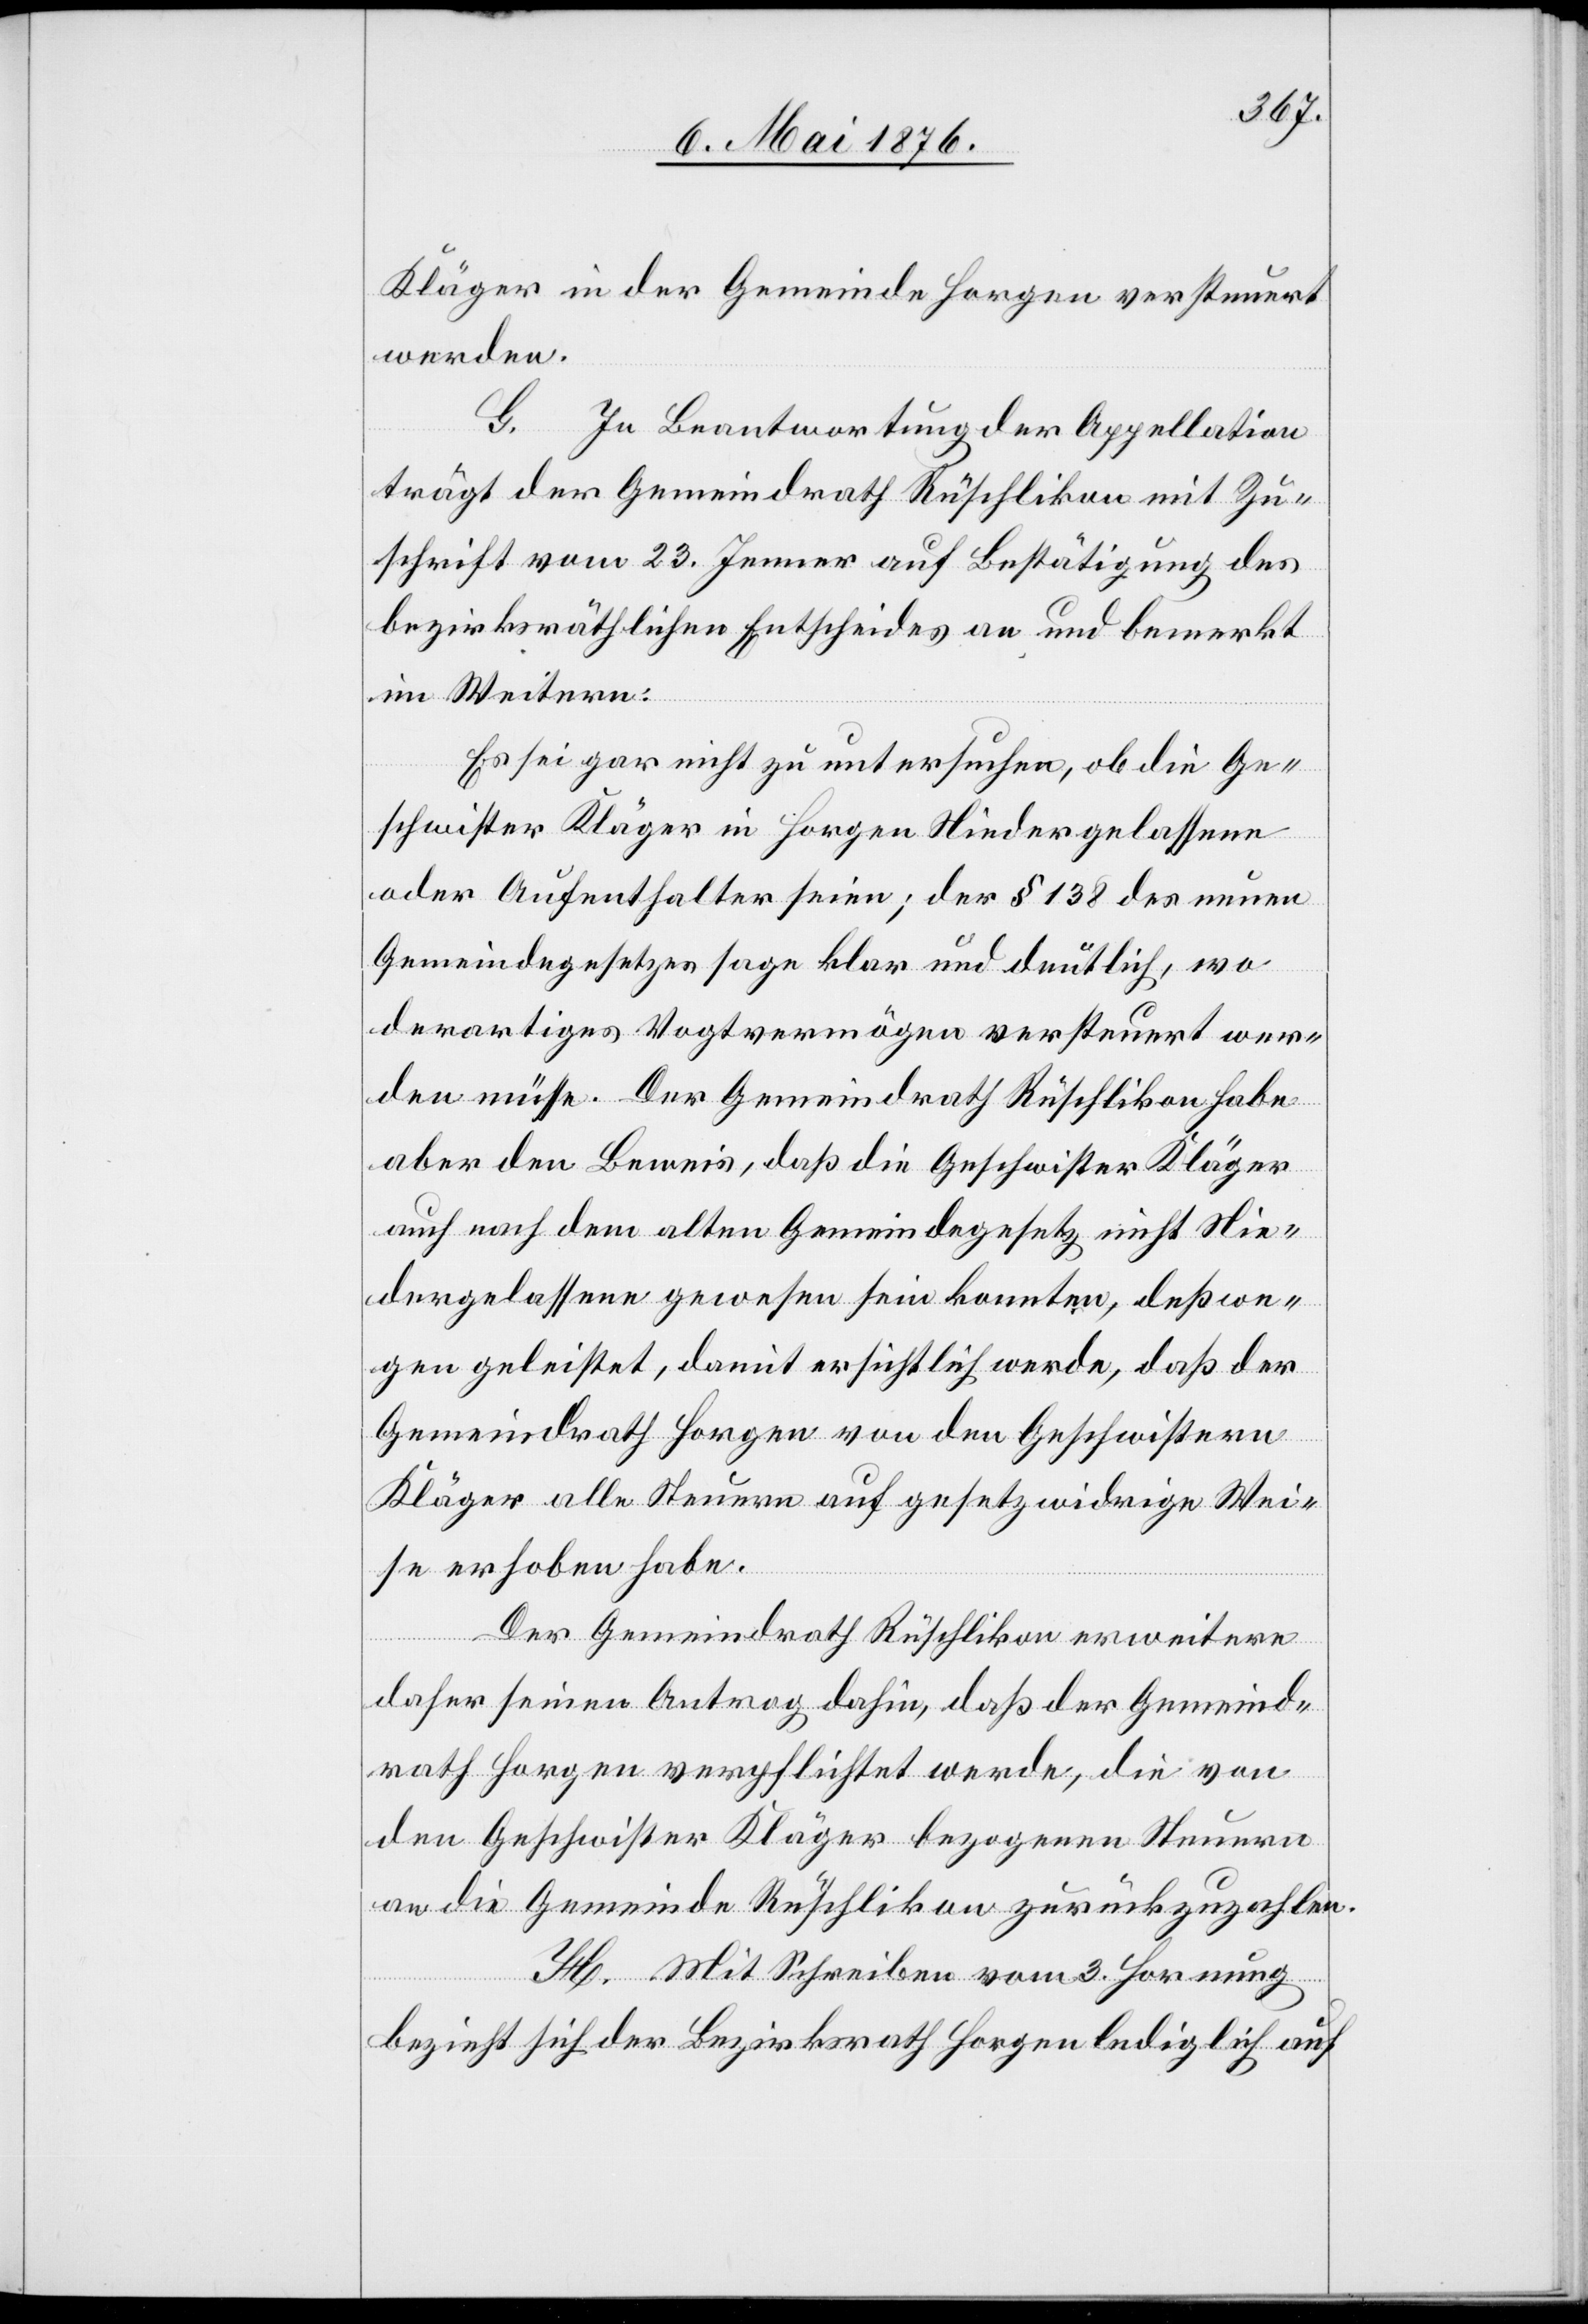
Kläger in der Gemeinde Horgen versteuert
werden.
G.
In Beantwortung der Appellation
trägt der Gemeindrath Rüschlikon mit Zu¬
schrift vom 23. Jenner auf Bestätigung des
bezirksräthlichen Entscheides an und bemerkt
im Weitern:
Es sei gar nicht zu untersuchen, ob die Ge¬
schwister Kläger in Horgen Niedergelassene
oder Aufenthalter seien; der § 138 des neuen
Gemeindegesetzes sage klar und deutlich, wo
derartiges Vogtvermögen versteuert wer¬
den müsse. Der Gemeindrath Rüschlikon habe
aber den Beweis, das die Geschwister Kläger
auch nach dem alten Gemeindegesetz nicht Nie¬
dergelassene gewesen sein konnten, deßwe¬
gen geleistet, damit ersichtlich werde, daß der
Gemeindrath Horgen von den Geschwistern
Kläger alle Steuern auf gesetzwidrige Wei¬
se erhoben habe.
Der Gemeindrath Rüschlikon erweitere
daher seinen Antrag dahin, daß der Gemeind¬
rath Horgen verpflichtet werde, die von
den Geschwister Kläger bezogenen Steuern
an die Gemeinde Rüschlikon zurückzuzahlen.
H. Mit Schreiben vom 2. Hornung
bezieht sich der Bezirksrath Horgen lediglich auf